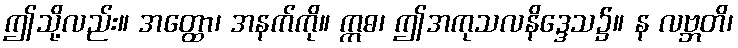
ဤသို့လည်း။ အတ္ထော၊ အနက်ကို။ ဣဓ၊ ဤအကုသလနိဒ္ဒေသ၌။ န လဗ္ဘတိ၊